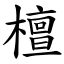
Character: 檀